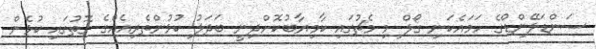
ސަންޑަލޭންޑްގެ ހަމައެކަނި ގޯލް މި މެޗުގައި ކާމިޔާބުކޮށްދިނީ ބަދަލު ކުޅުންތެރިއެއްގެ ގޮތުގައި ކުޅެން